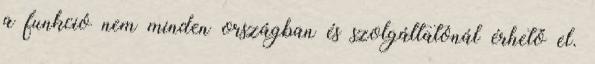
a funkció nem minden országban és szolgáltatónál érhető el.